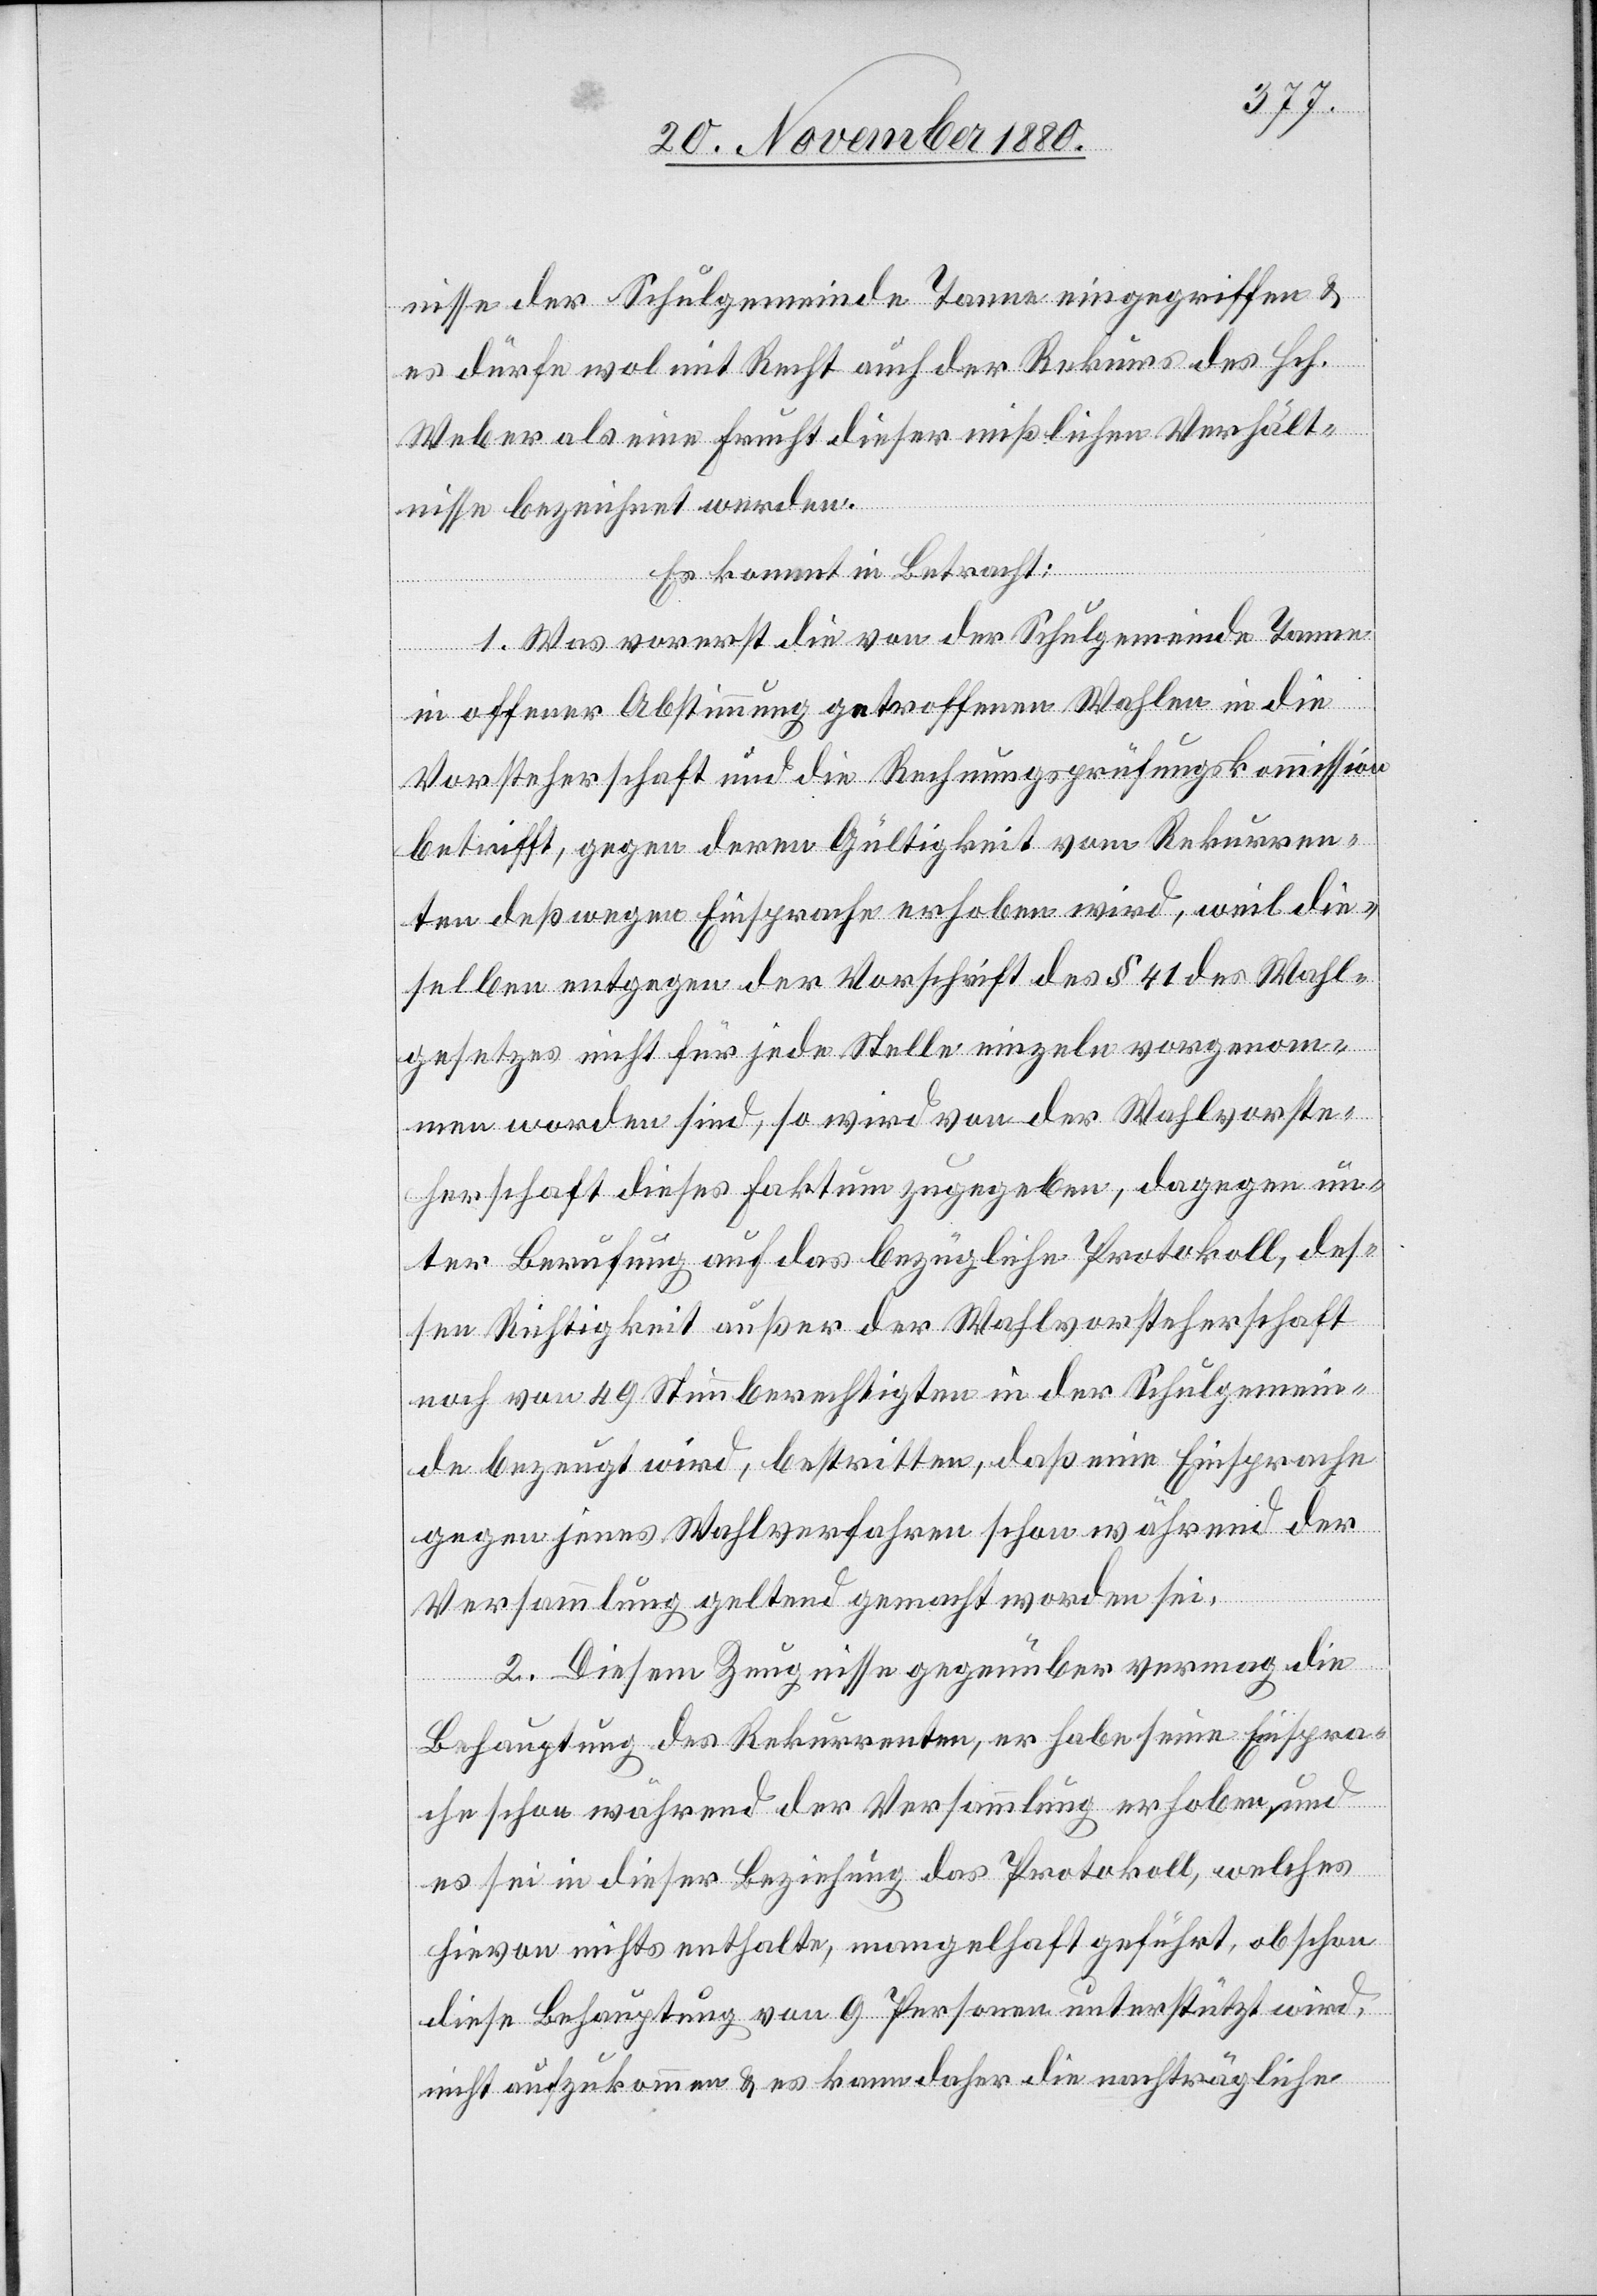
nisse der Schulgemeinde Tanne eingegriffen &
es dürfe wol mit Recht auch der Rekurs des Hch.
Weber als eine Frucht dieser mißlichen Verhält¬
nisse bezeichnet werden.
Es kommt in Betracht:
1. Was vorerst die von der Schulgemeinde Tanne
in offener Abstimmung getroffenen Wahlen in die
Vorsteherschaft und die Rechnungsprüfungskommission
betrifft, gegen deren Gültigkeit vom Rekurren¬
ten deßwegen Einsprache erhoben wird, weil die¬
selben entgegen der Vorschrift des § 41 des Wahl¬
gesetzes nicht für jede Stelle einzeln vorgenom¬
men worden sind, so wird von der Wahlvorste¬
herschaft dieses Faktum zugegeben, dagegen un¬
ter Berufung auf das bezügliche Protokoll, des¬
sen Richtigkeit außer der Wahlvorsteherschaft
noch von 49 Stimmberechtigten in der Schulgemein¬
de bezeugt wird, bestritten, daß eine Einsprache
gegen jenes Wahlverfahren schon während der
Versammlung geltend gemacht worden sei.
2. Diesem Zeugnisse gegenüber vermag die
Behauptung des Rekurrenten, er habe seine Einspra¬
che schon während er Versammlung erhoben, und
es sei in dieser Beziehung das Protokoll, welches
hievon nichts enthalte, mangelhaft geführt, obschon
diese Behauptung von 9 Personen unterstützt wird,
nicht aufzukommen & es kann daher die nachträgliche